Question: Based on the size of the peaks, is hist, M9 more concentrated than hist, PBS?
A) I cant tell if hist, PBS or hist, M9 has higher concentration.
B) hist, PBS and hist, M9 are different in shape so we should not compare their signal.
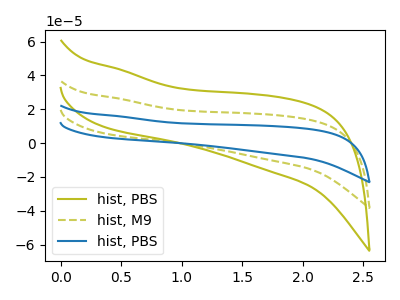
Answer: <think>The olive curve "hist, PBS" has no peaks. The olive dashed curve "hist, M9" has no peaks. The blue curve "hist, PBS" has no peaks.
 Neither "hist, PBS" or "hist, M9" have any peaks.</think>
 <answer>A) I cant tell if "hist, PBS" or "hist, M9" has higher concentration.</answer>
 <eval>A</eval>